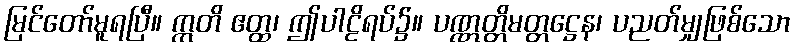
မြင်တော်မူရပြီ။ ဣတိ ဧတ္ထ၊ ဤပါဠိရပ်၌။ ပဏ္ဏတ္တိမတ္တဋ္ဌေန၊ ပညတ်မျှဖြစ်သော